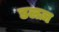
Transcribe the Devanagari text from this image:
डलज़